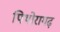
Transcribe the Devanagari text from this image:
पिथोरागढ़